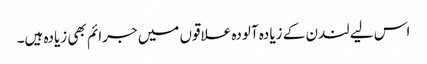
اس لیے لندن کے زیادہ آلودہ علاقوں میں جرائم بھی زیادہ ہیں۔